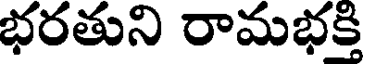
భరతుని రామభక్తి